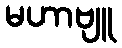
မဟာဗျူ